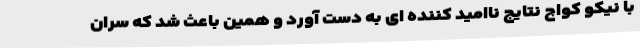
با نیکو کواچ نتایج ناامید کننده ای به دست آورد و همین باعث شد که سران